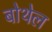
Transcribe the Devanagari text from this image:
बोथेल